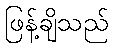
ဖြန့်ချိသည်